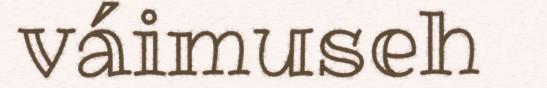
váimuseh